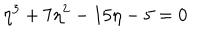
\eta ^ { 3 } + 7 \eta ^ { 2 } - 1 5 \eta - 5 = 0